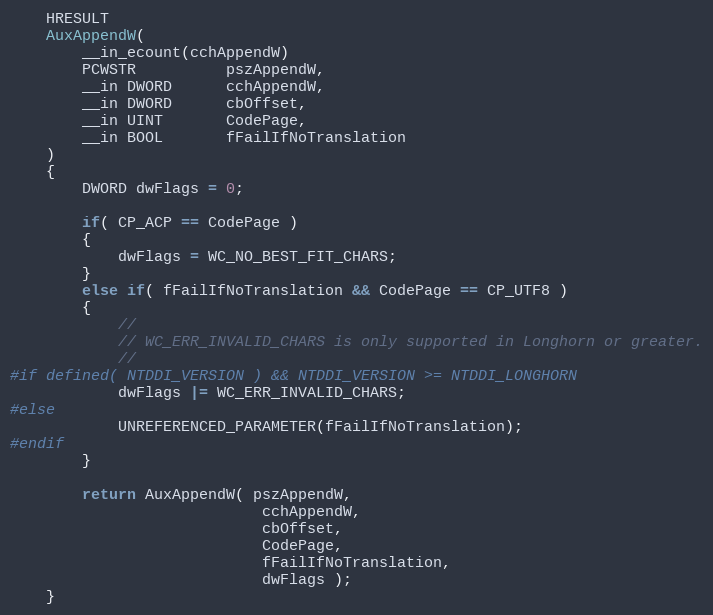
Language: C
    HRESULT
    AuxAppendW(
        __in_ecount(cchAppendW)
        PCWSTR          pszAppendW,
        __in DWORD      cchAppendW,
        __in DWORD      cbOffset,
        __in UINT       CodePage,
        __in BOOL       fFailIfNoTranslation
    )
    {
        DWORD dwFlags = 0;

        if( CP_ACP == CodePage )
        {
            dwFlags = WC_NO_BEST_FIT_CHARS;
        }
        else if( fFailIfNoTranslation && CodePage == CP_UTF8 )
        {
            //
            // WC_ERR_INVALID_CHARS is only supported in Longhorn or greater.
            //
#if defined( NTDDI_VERSION ) && NTDDI_VERSION >= NTDDI_LONGHORN
            dwFlags |= WC_ERR_INVALID_CHARS;
#else
            UNREFERENCED_PARAMETER(fFailIfNoTranslation);
#endif
        }

        return AuxAppendW( pszAppendW,
                            cchAppendW,
                            cbOffset,
                            CodePage,
                            fFailIfNoTranslation,
                            dwFlags );
    }